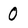
Character: 0